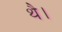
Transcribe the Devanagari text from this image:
थेै।